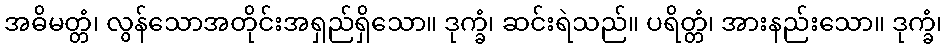
အဓိမတ္တံ၊ လွန်သောအတိုင်းအရှည်ရှိသော။ ဒုက္ခံ၊ ဆင်းရဲသည်။ ပရိတ္တံ၊ အားနည်းသော။ ဒုက္ခံ၊